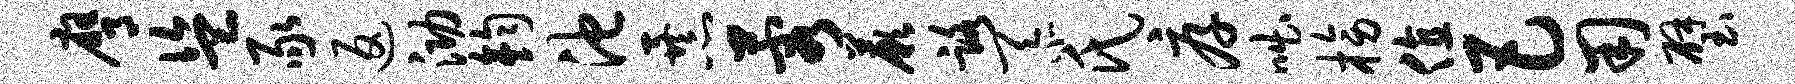
膺盗豕返泐钧池暴蓉蕨路忝氏厚咄榜值巴用璧